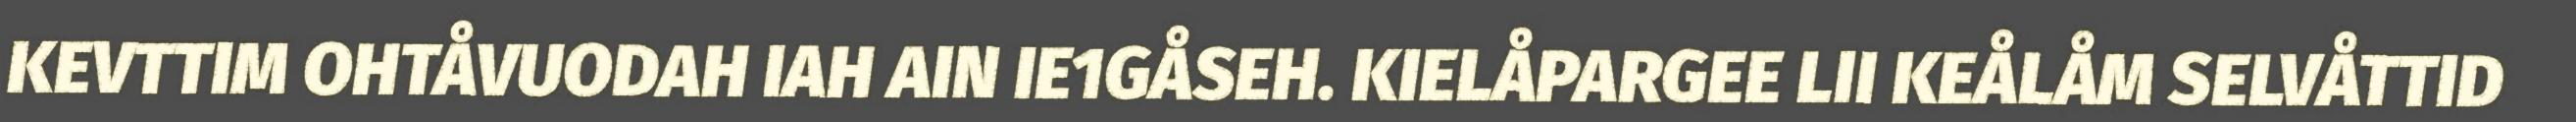
KEVTTIM OHTÅVUODAH IAH AIN IE1GÅSEH. KIELÅPARGEE LII KEÅLÅM SELVÅTTID